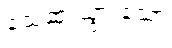
သေဆုံးသွားသော